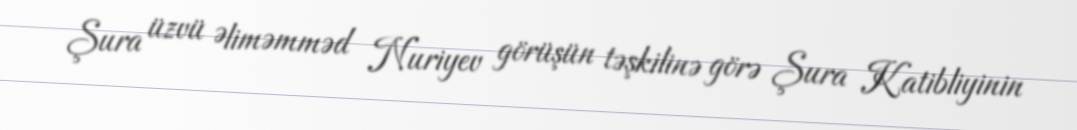
Şura üzvü Əliməmməd Nuriyev görüşün təşkilinə görə Şura Katibliyinin